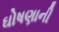
ઘોષણાની